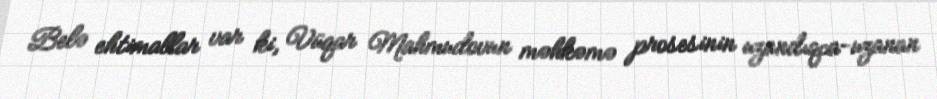
Belə ehtimallar var ki, Vüqar Mahmudovun məhkəmə prosesinin uzandıqca-uzanan